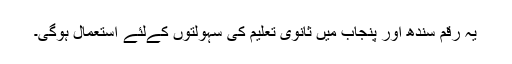
یہ رقم سندھ اور پنجاب میں ثانوی تعلیم کی سہولتوں کےلئے استعمال ہوگی۔